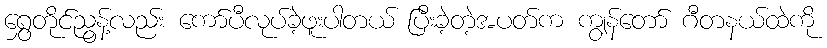
ရွှေတိုင်ညွန့်လည်း ကော်ပီလုပ်ခဲ့ဖူးပါတယ် ပြီးခဲ့တဲ့အပတ်က ကျွန်တော် ဂီတနယ်ထဲကို